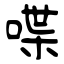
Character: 喋